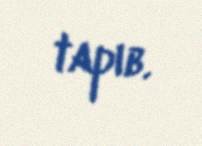
tapıb.